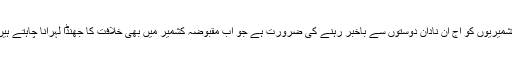
کشمیریوں کو آج اُن نادان دوستوں سے باخبر رہنے کی ضرورت ہے جو اب مقبوضہ کشمیر میں بھی خلافت کا جھنڈا لہرانا چاہتے ہیں۔